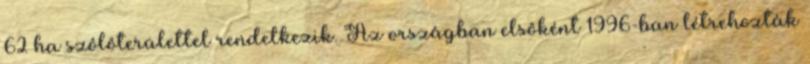
62 ha szôlôterülettel rendelkezik. Az országban elsôként 1996-ban létrehozták